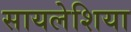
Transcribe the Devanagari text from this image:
सायलेशिया